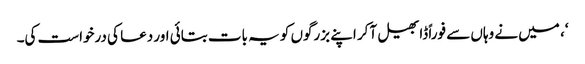
‘، میں نے وہاں سے فوراً ڈابھیل آکر اپنے بزرگوں کو یہ بات بتائی اور دعا کی درخواست کی۔